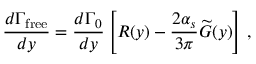
{ \frac { d \Gamma _ { \mathrm { f r e e } } } { d y } } = { \frac { d \Gamma _ { 0 } } { d y } } \left[ R ( y ) - { \frac { 2 \alpha _ { s } } { 3 \pi } } \widetilde G ( y ) \right] \, ,